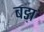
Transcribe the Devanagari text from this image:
बङ़ा